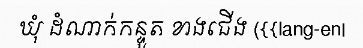
ឃុំ ដំណាក់កន្ទួត ខាងជើង ({{lang-en|